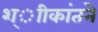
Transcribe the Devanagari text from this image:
श्ाीकांतने